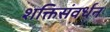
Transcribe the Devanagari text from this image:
शक्तिसंवर्धन